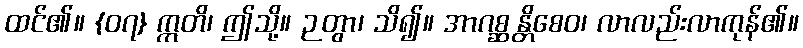
ထင်၏။ {၀၇} ဣတိ၊ ဤသို့။ ဉတွာ၊ သိ၍။ အာဂစ္ဆန္တိစေဝ၊ လာလည်းလာကုန်၏။